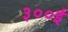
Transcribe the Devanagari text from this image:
३००ई